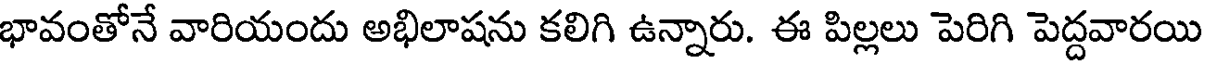
భావంతోనే వారియందు అభిలాషను కలిగి ఉన్నారు. ఈ పిల్లలు పెరిగి పెద్దవారయి